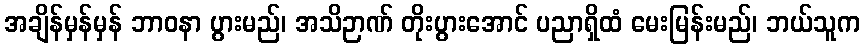
အချိန်မှန်မှန် ဘာဝနာ ပွားမည်၊ အသိဉာဏ် တိုးပွားအောင် ပညာရှိထံ မေးမြန်းမည်၊ ဘယ်သူက